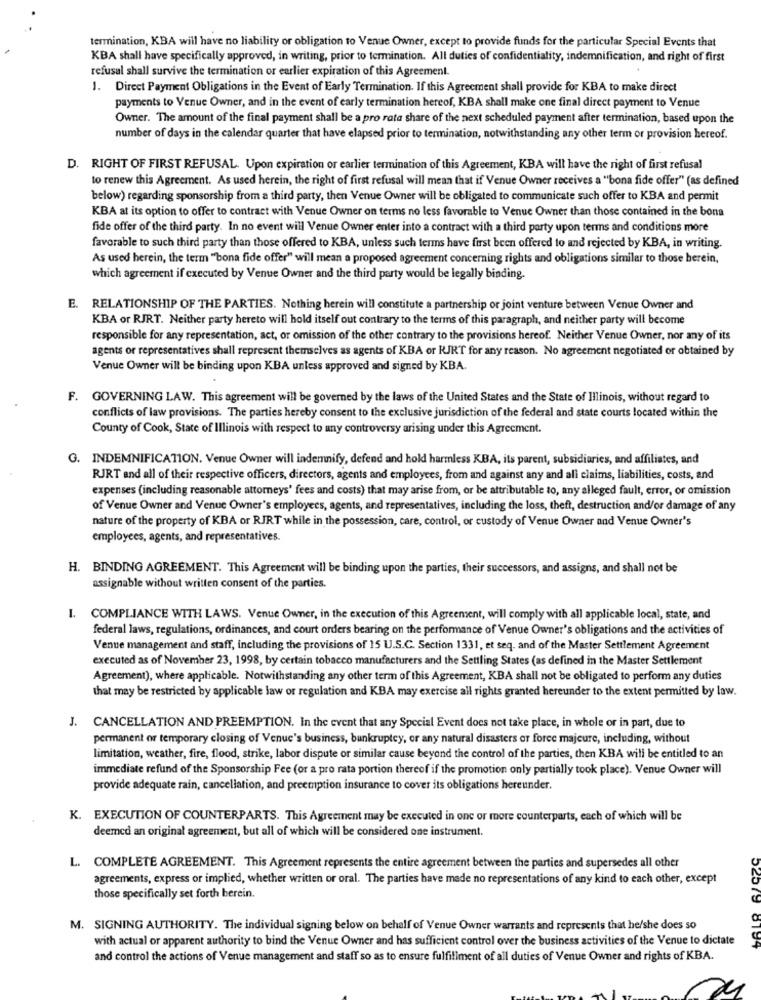
termination, KBA will have no liability or obligation to Venue Owner, except to provide funds for the particular Special Events that
KBA shall have specifically approved, in writing, prior to termination. All duties of confidentiality, indemnification, and right of first
refusal shall survive the termination or earlier expiration of this Agreement.
1. Direct Payment Obligations in the Event of Early Termination. If this Agreement shall provide for KBA to make direct
payments to Venue Owner, and in the event of early termination hereof, KBA shall make one final direct payment to Venue
Owner. The amount of the final payment shall be a pro rata share of the next scheduled payment after termination, based upon the
number of days in the calendar quarter that have elapsed prior to termination, notwithstanding any other term or provision hereof.
D. RIGHT OF FIRST REFUSAL. Upon expiration or earlier termination of this Agreement, KBA will have the right of first refusal
to renew this Agreement. As used herein, the right of first refusal will mean that if Venue Owner receives a "bona fide offer" (as defined
below) regarding sponsorship from a third party, then Venue Owner will be obligated to communicate such offer to KBA and permit
KBA at its option to offer to contract with Venue Owner on terms no less favorable to Venue Owner than those contained in the bons
fide offer of the third party. In no event will Venue Owner enter into a contract with a third party upon terms and conditions more
favorable to such third party than those offered to KBA, unless such terms have first been offered to and rejected by KBA, in writing.
As used herein, the term "bona fide offer" will mean a proposed agreement concerning rights and obligations similar to those berein,
which agreement if executed by Venue Owner and the third party would be legally binding.
E. RELATIONSHIP OF THE PARTIES. Nothing herein will constitute a partnership or joint venture between Venue Owner and
KBA or RJRT. Neither party hereto will hold itself out contrary to the terms of this paragraph, and neither party will become
responsible for any representation, act, or omission of the other contrary to the provisions hereof. Neither Venue Owner, nor any of its
agents or representatives shall represent themselves as agents of KBA or RJRT for any reason. No agreement negotiated or obtained by
Venue Owner will be binding upon KBA unless approved and signed by KBA.
F. GOVERNING LAW. This agreement will be governed by the laws of the United States and the State of Illinois, without regard to
conflicts of law provisions. The parties hereby consent to the exclusive jurisdiction of the federal and state courts located within the
County of Cook, State of Illinois with respect to any controversy arising under this Agreement.
G. INDEMNIFICATION. Venue Owner will indemnify, defend and hold harmless KBA, its parent, subsidiaries, and affiliates, and
RJRT and all of their respective officers, directors, agents and employees, from and against any and all claims, liabilities, costs, and
expenses (including reasonable attorneys' fees and costs) that may arise from, or be attributable to, any alleged fault, error, or omission
of Venue Owner and Venue Owner's employees, agents, and representatives, including the loss, theft, destruction and/or damage of any
nature of the property of KBA or RJRT while in the possession, care, control, or custody of Venue Owner and Venue Owner's
employees, agents, and representatives.
H. BINDING AGREEMENT. This Agreement will be binding upon the parties, their successors, and assigns, and shall not be
assignable without written consent of the parties.
I.
COMPLIANCE WITH LAWS. Venue Owner, in the execution of this Agreement, will comply with all applicable local, state, and
federal laws, regulations, ordinances, and court orders bearing on the performance of Venue Owner's obligations and the activities of
Venue management and staff, including the provisions of 15 U.S.C. Section 1331, et seq, and of the Master Settlement Agreement
executed as of November 23, 1998, by certain tobacco manufacturers and the Settling States (as defined in the Master Settlement
Agreement), where applicable. Notwithstanding any other term of this Agreement, KBA shall not be obligated to perform any duties
that may be restricted by applicable law or regulation and KBA may exercise all rights granted hereunder to the extent permitted by law.
J. CANCELLATION AND PREEMPTION. In the event that any Special Event does not take place, in whole or in part, due to
permanent or temporary closing of Venue's business, bankruptcy, or any natural disasters or force majeure, including, without
limitation, weather, fire, flood, strike, labor dispute or similar cause beyond the control of the parties, then KBA will be entitled to an
immediate refund of the Sponsorship Fee (or a pro rata portion thereof if the promotion only partially took place). Venue Owner will
provide adequate rain, cancellation, and preemption insurance to cover its obligations hereunder.
K. EXECUTION OF COUNTERPARTS. This Agreement may be executed in one or more counterparts, each of which will be
deemed an original agreement, but all of which will be considered one instrument.
L. COMPLETE AGREEMENT. This Agreement represents the entire agreement between the parties and supersedes all other
agreements, express or implied, whether written or oral. The parties have made no representations of any kind to each other, except
those specifically set forth berein.
M. SIGNING AUTHORITY. The individual signing below on behalf of Venue Owner warrants and represents that he/she does so
with actual or apparent authority to bind the Venue Owner and has sufficient control over the business activities of the Venue to dictate
and control the actions of Venue management and staff so as to ensure fulfillment of all duties of Venue Owner and rights of KBA.